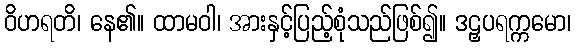
ဝိဟရတိ၊ နေ၏။ ထာမဝါ၊ အားနှင့်ပြည့်စုံသည်ဖြစ်၍။ ဒဠှပရက္ကမော၊